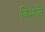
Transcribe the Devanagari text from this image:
बिभेति